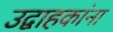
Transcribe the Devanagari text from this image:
उद्वाहकांना